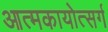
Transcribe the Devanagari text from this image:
आत्मकायोत्सर्ग